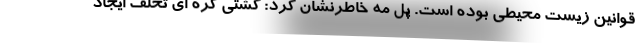
قوانین زیست محیطی بوده است. پل مه خاطرنشان کرد: کشتی کره ای تخلف ایجاد